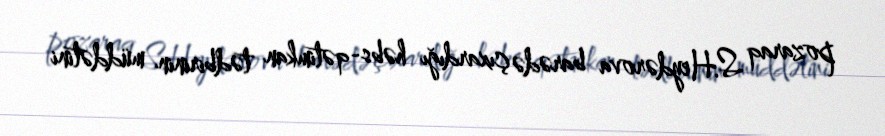
pozaraq S.Heydərova barədə çıxardığı həbs-qətimkan tədbirinin müddətini